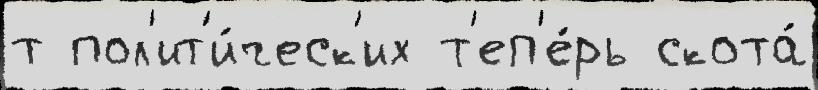
т пол'ит'и́ческ'их т'еп'е́рь скота́